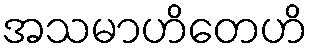
အသမာဟိတေဟိ